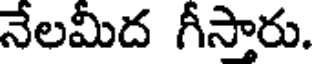
నేలమీద గీస్తారు.